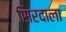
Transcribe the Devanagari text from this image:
सिरदाला